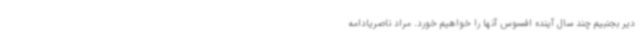
دیر بجنبیم چند سال آینده افسوس آنها را خواهیم خورد. مراد ناصریادامه